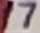
Text: 17